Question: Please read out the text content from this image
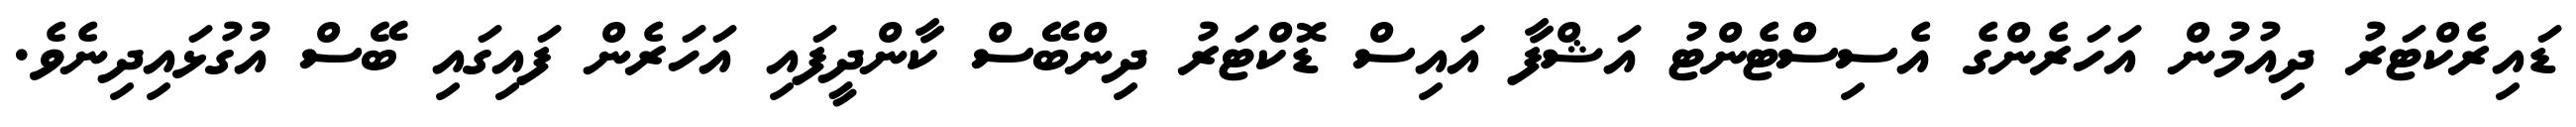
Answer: ޑައިރެކްޓަރު ދިއުމުން އަހަރެންގެ އެސިސްޓެންޓު އަޝްފާ އައިސް ޑޮކްޓަރު ދިންބޭސް ކާންދީފައި އަހަރެން ފައިގައި ބޭސް އުގުޅައިދިނެވެ.